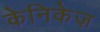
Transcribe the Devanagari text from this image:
केनिकेज़